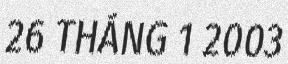
26 THÁNG 1 2003